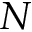
N